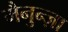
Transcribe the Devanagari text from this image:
मैनुन्ज़ा